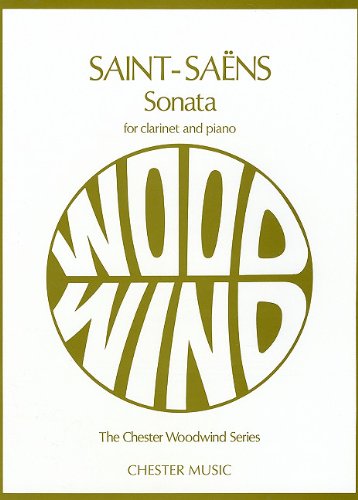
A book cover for SAINT-SAENS  SONATA FOR      CLARINET AND PIANO OP. 167 (Chester Woodwind Series of Graded Pieces); Humor & Entertainment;